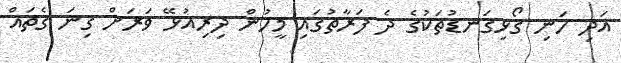
އަދި ހަނި ގޯޅިގަނޑުތަކުގެ ދެ ފަރާތުގައި މީހުން ދިރިއުޅޭ ވަރަށް ގިނަ ގެތައް